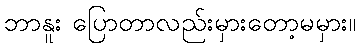
ဘာနူး ပြောတာလည်းမှားတော့မမှား။